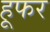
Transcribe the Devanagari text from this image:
हूफर